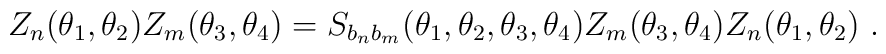
Z_{n}(\theta _{1},\theta _{2})Z_{m}(\theta _{3},\theta_{4})=S_{b_{n}b_{m}}(\theta _{1},\theta _{2},\theta _{3},\theta_{4})Z_{m}(\theta _{3},\theta _{4})Z_{n}(\theta _{1},\theta _{2})~.